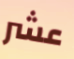
عشر